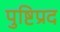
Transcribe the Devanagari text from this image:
पुष्टिप्रद